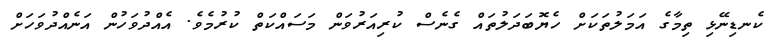
ކެނޑިނޭޅި ތިމާގެ އަމަލުތަކަށް ހެޔޮބަދަލުތައް ގެނެސް ކުރިއަރުވަން މަސައްކަތް ކުރުމެވެ. އެއްދުވަހުން އަނެއްދުވަހަށް